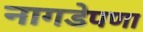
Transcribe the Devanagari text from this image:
नागडेपणा